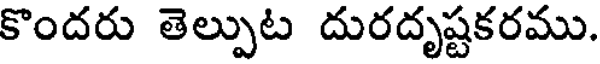
కొందరు తెల్పుట దురదృష్టకరము.